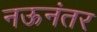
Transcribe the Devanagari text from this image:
नऊनंतर